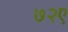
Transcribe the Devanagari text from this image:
७२ए